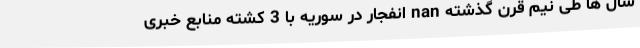
سال ها طی نیم قرن گذشته nan انفجار در سوریه با 3 کشته منابع خبری